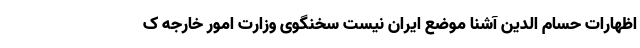
اظهارات حسام الدین آشنا موضع ایران نیست سخنگوی وزارت امور خارجه ک